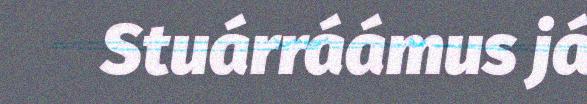
Stuárráámus já